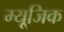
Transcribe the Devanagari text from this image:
म्यूजि़क